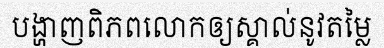
បង្ហាញពិភពលោកឲ្យស្គាល់នូវតម្លៃ